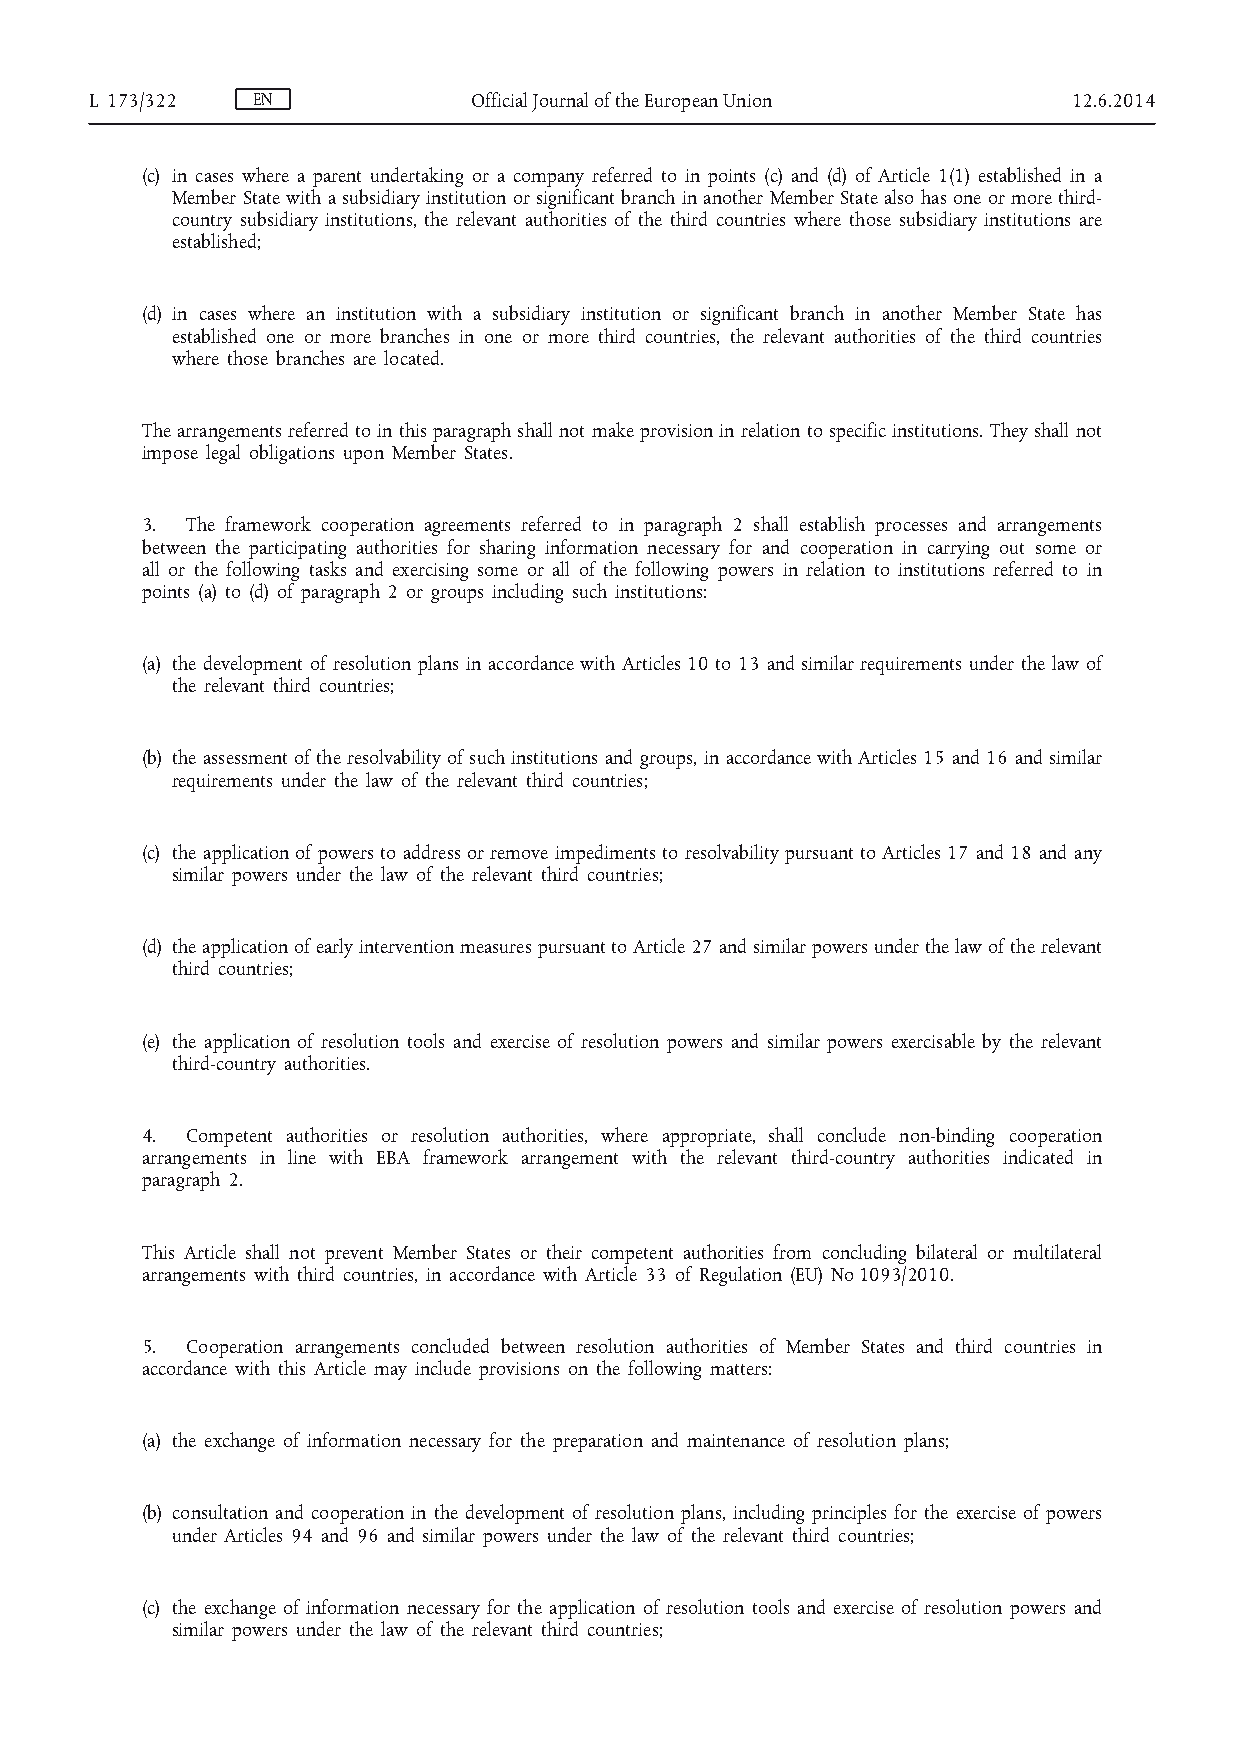
L 173/322  EN            Official Journal of the European Union  12.6.2014
 (c) in cases where a parent undertaking or a company referred to in points (c) and (d) of Article 1(1) established in a
 Member State with a subsidiary institution or significant branch in another Member State also has one or more third-
 country subsidiary institutions, the relevant authorities of the third countries where those subsidiary institutions are
 established;
 (d) in cases where an institution with a subsidiary institution or significant branch in another Member State has
 established one or more branches in one or more third countries, the relevant authorities of the third countries
 where those branches are located.
 The arrangements referred to in this paragraph shall not make provision in relation to specific institutions. They shall not
 impose legal obligations upon Member States.
 3. The framework cooperation agreements referred to in paragraph 2 shall establish processes and arrangements
 between the participating authorities for sharing information necessary for and cooperation in carrying out some or
 all or the following tasks and exercising some or all of the following powers in relation to institutions referred to in
 points (a) to (d) of paragraph 2 or groups including such institutions:
 (a) the development of resolution plans in accordance with Articles 10 to 13 and similar requirements under the law of
 the relevant third countries;
 (b) the assessment of the resolvability of such institutions and groups, in accordance with Articles 15 and 16 and similar
 requirements under the law of the relevant third countries;
 (c) the application of powers to address or remove impediments to resolvability pursuant to Articles 17 and 18 and any
 similar powers under the law of the relevant third countries;
 (d) the application of early intervention measures pursuant to Article 27 and similar powers under the law of the relevant
 third countries;
 (e) the application of resolution tools and exercise of resolution powers and similar powers exercisable by the relevant
 third-country authorities.
 4. Competent authorities or resolution authorities, where appropriate, shall conclude non-binding cooperation
 arrangements in line with EBA framework arrangement with the relevant third-country authorities indicated in
 paragraph 2.
 This Article shall not prevent Member States or their competent authorities from concluding bilateral or multilateral
 arrangements with third countries, in accordance with Article 33 of Regulation (EU) No 1093/2010.
 5. Cooperation arrangements concluded between resolution authorities of Member States and third countries in
 accordance with this Article may include provisions on the following matters:
 (a) the exchange of information necessary for the preparation and maintenance of resolution plans;
 (b) consultation and cooperation in the development of resolution plans, including principles for the exercise of powers
 under Articles 94 and 96 and similar powers under the law of the relevant third countries;
 (c) the exchange of information necessary for the application of resolution tools and exercise of resolution powers and
 similar powers under the law of the relevant third countries;